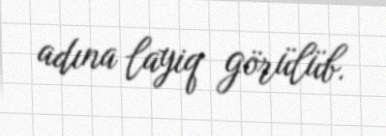
adına layiq görülüb.